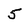
Character: 5